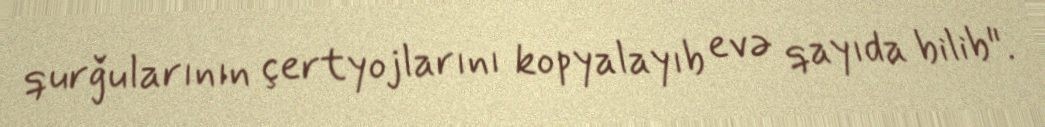
qurğularının çertyojlarını kopyalayıb evə qayıda bilib".